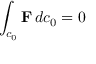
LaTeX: \int _ { c _ { 0 } } \mathbf { F } \, d c _ { 0 } = 0